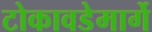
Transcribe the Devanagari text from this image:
टोकावडेमार्गे